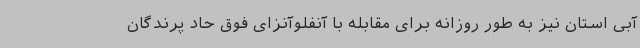
آبی استان نیز به طور روزانه برای مقابله با آنفلوآنزای فوق حاد پرندگان